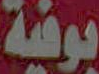
بوفية